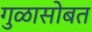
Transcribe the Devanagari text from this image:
गुळासोबत